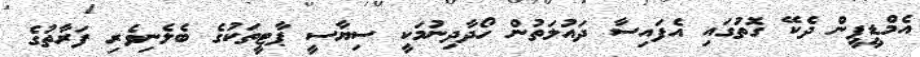
އެމްޑީޕީން ދެކޭ ގޮތުގައި އެފައިސާ ދައުލަތުން ހޯދާދިނުމަކީ ސިޔާސީ ޕާޓީތަކުގެ ބެލެނިވެރި ފަރާތުގެ